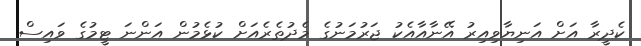
ކެދީރާ އަށް އަނިޔާވިއިރު އޭނާއާއެކު ޖަރުމަނުގެ މެދުތެރެއަށް ކުޅެމުން އަންނަ ޓީމުގެ ވައިސް